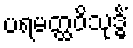
ပရမတ္ထဝိသုဒ္ဓိံ